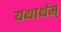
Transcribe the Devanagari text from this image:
यथार्थम्